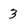
Character: 3